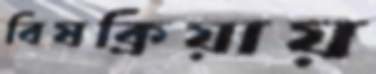
বিষক্রিয়ায়